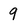
Character: 9